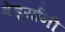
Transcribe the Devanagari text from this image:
बेर्ड्यांनी